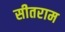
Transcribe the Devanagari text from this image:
सीतराम